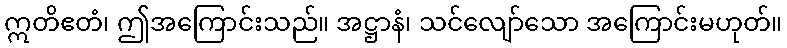
ဣတိဧတံ၊ ဤအကြောင်းသည်။ အဋ္ဌာနံ၊ သင်လျော်သော အကြောင်းမဟုတ်။